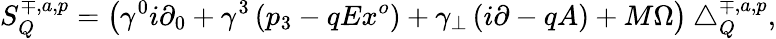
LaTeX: S_{Q}^{\mp,a,p}=\left(\gamma^{0}i\partial_{0}+\gamma^{3}\left(p_{3}-qEx^{o}\right)+\gamma_{\bot}\left(i\partial-qA\right)+M\Omega\right)\bigtriangleup_{Q}^{\mp,a,p},